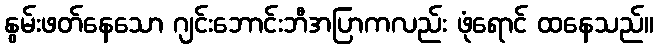
နွမ်းဖတ်နေသော ဂျင်းဘောင်းဘီအပြာကလည်း ဖုံရောင် ထနေသည်။